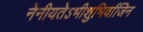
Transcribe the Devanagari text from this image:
नेनीयतेऽभीशुभिर्वाजिन